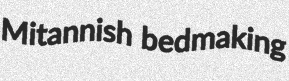
Mitannish bedmaking